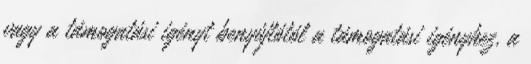
vagy a támogatási igényt benyújtótól a támogatási igényhez, a